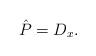
LaTeX: \begin{align*}\hat P=D_x.\end{align*}